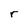
Character: r